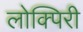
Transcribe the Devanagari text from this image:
लोक्पिरी